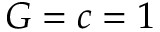
G = c = 1